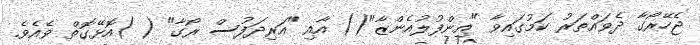
ޖެހޭރޯގާ ދެވައްތަރު ކަމުގައިވާ "އިންފުލުއެންޒާ"() އާއި "އަރިދަފުސް ރޯގާ" ( )އޮޅޭގޮތް ވެއެވެ.